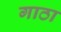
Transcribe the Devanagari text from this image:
गाठा